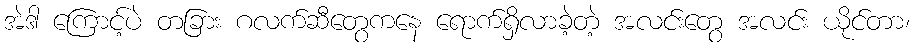
အဲဒါ ကြောင့်ပဲ တခြား ဂလက်ဆီတွေကနေ ရောက်ရှိလာခဲ့တဲ့ အလင်းတွေ အလင်း ယိုင်တာ၊